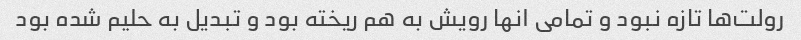
رولت‌ها تازه نبود و تمامی انها رویش به هم ریخته بود و تبدیل به حلیم شده بود